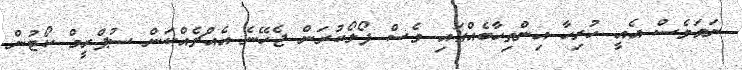
ނަމަވެސް އެއީ ހުރިހާ އިންތިހާބެއްގައި ވެސް ފޯލޯކުރަން ޖެހޭނެ އެއްޗެއްކަން ސުޕްރީމް ކޯޓުން